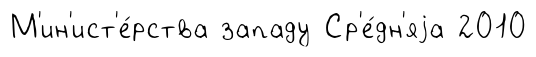
М'ин'ист'е́рства западу Ср'е́дн'яjа 2010